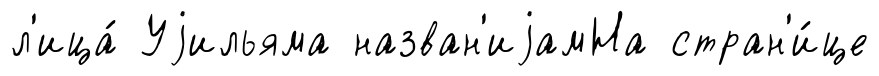
л'ица́ Уjильяма назван'иjамНа стран'и́це